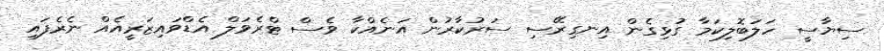
ސިޔާސީ ހަލަބޮލިކަމާ ގުޅިގެން އިނގިރޭސި ސަރުކާރުން އަނެއްކާ ވެސް ޓްރެވަލް އެޑްވައިޒަރީއެއް ނެރެފައި